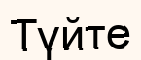
Түйте